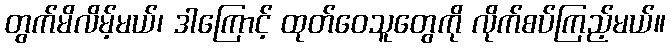
တွက်မိလိမ့်မယ်၊ ဒါကြောင့် ထုတ်ဝေသူတွေကို လိုက်စပ်ကြည့်မယ်။